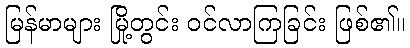
မြန်မာများ မြို့တွင်း ဝင်လာကြခြင်း ဖြစ်၏။